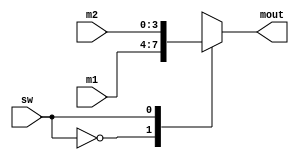
module multiplexer(m1,m2,sw,mout);
	input [3:0] m1;
	input [3:0] m2;
	input sw;
	output reg [3:0] mout;
	
	
	always @(m1 or m2 or sw) begin
		case(sw)
			0: mout = m1;
			1: mout = m2;
		endcase
	end
	
endmodule